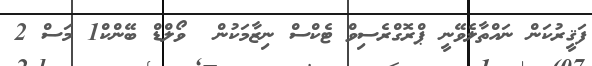
ފަޤީރުކަން ނައްތާލެވޭނީ ޕްރޮގްރެސިވް ޓެކްސް ނިޒާމަކުން  ވޯލްޑް ބޭންކް1 މަސް 2